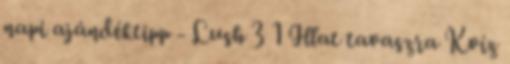
napi ajándéktipp - Lush 3 1 Illat tavaszra Kvíz